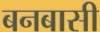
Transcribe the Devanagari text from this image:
बनबासी